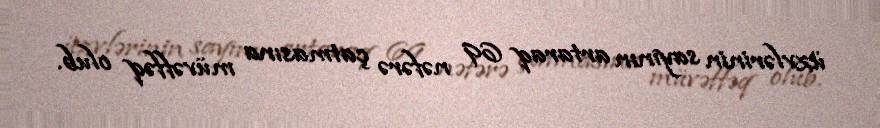
üzvlərinin sayının artaraq 69 nəfərə çatmasına müvəffəq olub.